Annual statistical returns and brief notes on vaccination in Bengal - 1909-1929
Year: 1909
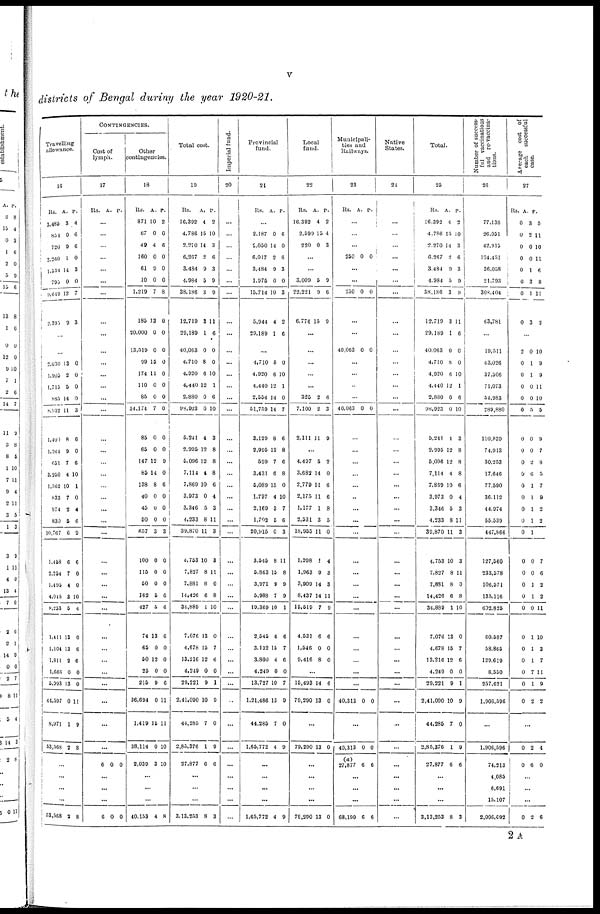
v
districts of Bengal during the year 1920-21.
Travelling
allowance.
16
Rs.
3,485
854
720
2,260
1,534
795
9,649
2,395
A.
3
0
9
1
14
0
12
9
P.
4
6
6
0
3
0
7
3
...
...
2,030
1,905
1,715
885
8,932
1,400
1,264
651
3,250
1,562
833
974
830
10,767
1,458
2,254
1,495
4,045
9,253
1,411
1,104
1,811
1,666
5,993
44,597
8,971
53,568
13
2
5
14
11
8
9
7
4
10
7
2
5
6
6
7
4
3
5
13
13
2
0
13
0
1
2
0
0
0
0
3
6
0
6
10
1
0
4
6
9
6
0
0
10
4
0
6
6
0
0
11
9
8
...
...
...
...
53,568 2 8
CONTINGENCIES.
Cost of
lymph.
17
Rs. A. P.
...
...
...
...
...
...
...
...
...
...
...
...
...
...
...
...
...
...
...
...
...
...
...
...
...
...
...
...
...
...
...
...
...
...
...
...
...
6 0 0
...
...
...
6 0 0
Other
contingencies.
18
Rs.
871
67
49
160
61
10
1,219
185
20,000
13,519
90
174
110
85
34,174
85
65
147
85
138
40
45
50
657
100
115
50
162
427
74
65
50
25
215
36,694
1,419
38,114
2,039
A.
10
0
4
0
9
0
7
13
0
0
15
11
0
0
7
0
0
12
14
8
0
0
0
3
0
0
0
5
5
13
0
12
0
9
0
15
0
3
P.
2
0
6
0
0
0
8
0
0
0
0
0
0
0
0
0
0
9
0
6
0
0
0
3
0
0
0
6
6
6
0
0
0
6
11
11
10
10
...
...
...
40,153 4 8
Total cost.
19
Rs.
16,392
4,786
2,210
6,267
3,484
4,084
38,186
12,719
29,180
40,063
4,710
4,920
4,440
2,880
98,923
5,241
2,995
5,096
7,114
7,869
3,973
3,346
4,233
39,870
4,753
7,827
7,881
14,426
34,889
7,076
4,678
13,216
4,249
29,221
2,41,090
44,285
2,85,376
27,877
A.
4
15
14
2
9
5
3
3
1
0
8
6
12
0
0
4
12
12
4
10
0
5
8
11
10
8
8
6
1
13
15
12
0
9
10
7
1
6
P.
2
10
3
6
3
9
9
11
6
0
0
10
1
6
10
3
8
8
8
6
4
3
11
3
3
11
0
8
10
0
7
6
0
1
9
0
9
6
...
...
...
3,13,253 8 3
Imperial fund.
20
...
...
...
...
...
...
...
...
...
...
...
...
...
...
...
...
...
...
...
...
...
...
...
...
...
...
...
...
...
...
...
...
...
...
...
...
...
...
...
...
...
Provincial
fund.
21
Rs. A. P.
...
2,187
2,050
6,017
3,484
1,975
15,714
5,944
29,189
0
14
2
9
0
10
4
1
6
0
6
3
0
3
2
6
...
4,710
4,920
4,440
2,554
51,759
3,129
2,995
599
3,431
5,089
1,797
2,169
1,702
20,915
3,545
5,863
3,971
5,988
19,369
2,545
3,132
3,800
4,249
13,727
1,21,486
44,285
1,65,772
8
6
12
14
14
8
12
7
6
15
4
3
5
0
8
15
9
7
10
6
15
4
0
10
13
7
4
0
10
1
0
7
6
8
6
8
0
10
7
6
3
11
8
9
9
1
6
7
6
0
7
9
0
0
...
...
...
...
1,65,772 4 9
Local
fund.
22
Rs.
16,392
2,599
220
A.
4
15
0
P.
2
4
3
...
...
3,009
22,221
6,774
5
9
15
9
6
9
...
...
...
...
...
325
7,100
2,111
2
2
11
6
3
9
...
4,497
3,682
2,779
2,175
1,177
2,531
18,955
1,208
1,963
3,909
8,437
15,519
4,531
1,546
9,416
5
14
11
11
1
3
11
1
9
14
14
7
6
0
8
2
0
6
6
8
5
0
4
3
3
11
9
6
0
0
...
15,493
79,290
14
13
6
0
...
79,290 13 0
...
...
...
...
79,290 13 0
Municipali-
ties and
Railways.
23
Rs. A. P.
...
...
...
250 0 0
...
...
250 0 0
...
...
40,063 0 0
...
...
...
...
40,063 0 0
...
...
...
...
...
...
...
...
...
...
...
...
...
...
...
...
...
...
...
40,313 0 0
...
40,313
(a)
27,877
0
6
0
6
...
...
...
68,190 6 6
Native
States.
24
...
...
...
...
...
...
...
...
...
...
...
...
...
...
...
...
...
...
...
...
...
...
...
...
...
...
...
...
...
...
...
...
...
...
...
...
...
...
...
...
...
...
Total.
25
Rs.
16,392
4,786
2,270
6,267
3,484
4,984
38,186
12,719
29,189
40,063
4,710
4,920
4,440
2,880
98,923
5,241
2,995
5,096
7,114
7,869
3,973
3,346
4,233
39,870
4,753
7,827
7,831
14,426
34,889
7,076
4,678
13,216
4,249
29,221
2,41,090
44,285
2,85,376
27,877
A.
4
15
14
2
9
5
3
3
1
0
8
6
12
0
0
4
12
12
4
10
0
5
8
11
10
8
8
6
1
13
15
12
0
9
10
7
1
6
P.
2
10
3
6
3
9
9
11
6
0
0
10
1
6
10
3
8
8
8
6
4
3
11
3
3
11
0
8
10
0
7
6
0
1
9
0
9
6
...
...
...
3,13,253 8 3
Number of success-
ful vaccinations
and re-vaccina¬
tions.
26
77,136
26,051
42,915
104,451
36,058
21,793
308,404
63,781
...
19,511
43,026
37,506
71,073
54,983
289,880
110,839
74,913
30,253
17,646
77,590
36,112
44,974
55,539
447,866
127,560
233,578
106,571
135,116
602,825
60,587
58,865
129,619
8,550
257,621
1,906,596
...
1,906,596
74,213
4,085
6,691
15,107
2,006,692
Average cost of
each successful
case.
27
Rs.
0
0
0
0
0
0
0
0
A.
3
2
0
0
1
3
1
3
P.
5
11
10
11
6
8
11
2
...
2
0
0
0
0
0
0
0
0
0
0
0
0
0
0
0
0
0
0
0
0
0
0
0
0
0
0
1
1
0
0
5
0
0
2
6
1
1
1
1
1
0
0
1
1
0
1
1
1
7
1
2
10
9
9
11
10
5
9
7
8
5
7
9
2
2
7
6
2
2
11
10
3
7
11
9
2
...
0
0
2
6
4
0
...
...
...
0 2 6
2A